Report of an investigation of the epidemic of malarial fever in Assam, or, kala-azar
Disease focus: Malaria
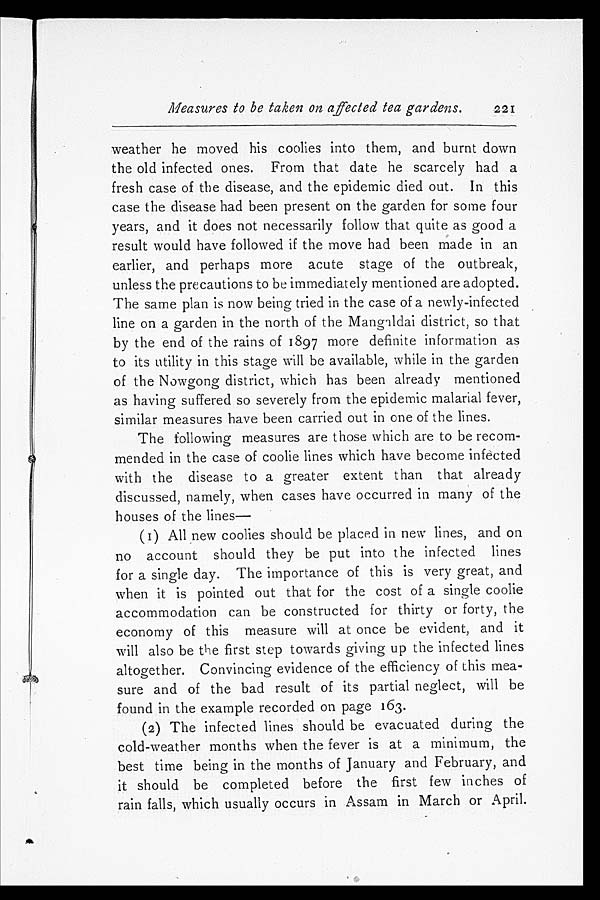
Measures to be taken on affected tea gardens.
221
weather he moved his coolies into them, and burnt down
the old infected ones. From that date he scarcely had a
fresh case of the disease, and the epidemic died out. In this
case the disease had been present on the garden for some four
years, and it does not necessarily follow that quite as good a
result would have followed if the move had been made in an
earlier, and perhaps more acute stage of the outbreak,
unless the precautions to be immediately mentioned are adopted.
The same plan is now being tried in the case of a newly-infected
line on a garden in the north of the Mangaldai district, so that
by the end of the rains of 1897 more definite information as
to its utility in this stage will be available, while in the garden
of the Nowgong district, which has been already mentioned
as having suffered so severely from the epidemic malarial fever,
similar measures have been carried out in one of the lines.
The following measures are those which are to be recom
-mended in the case of coolie lines which have become infected
with the disease to a greater extent than that already
discussed, namely, when cases have occurred in many of the
houses of the lines
—
(1) All new coolies should be placed in new lines, and on
no account should they be put into the infected lines
for a single day. The importance of this is very great, and
when it is pointed out that for the cost of a single coolie
accommodation can be constructed for thirty or forty, the
economy of this measure will at once be evident, and it
will also be the first step towards giving up the infected lines
altogether. Convincing evidence of the efficiency of this mea
-sure and of the bad result of its partial neglect, will be
found in the example recorded on page 163.
(2) The infected lines should be evacuated during the
cold-weather months when the fever is at a minimum, the
best time being in the months of January and February, and
it should be completed before the first few inches of
rain falls, which usually occurs in Assam in March or April.